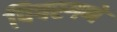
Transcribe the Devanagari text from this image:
पिपरगणे